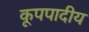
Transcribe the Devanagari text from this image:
कूपपादीय